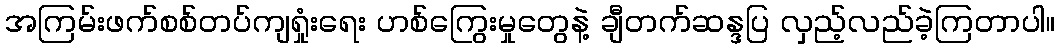
အကြမ်းဖက်စစ်တပ်ကျရှုံးရေး ဟစ်ကြွေးမှုတွေနဲ့ ချီတက်ဆန္ဒပြ လှည့်လည်ခဲ့ကြတာပါ။